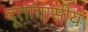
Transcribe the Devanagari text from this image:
दूतावासीय